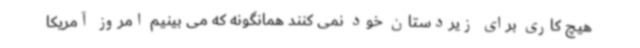
هیچ کاری برای زیردستان خود نمی کنند همانگونه که می بینیم امروز آمریکا